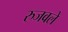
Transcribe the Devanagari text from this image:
रुजवले